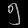
Digit: ၅